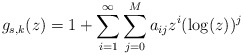
\begin{align*}g_{s,k}(z)=1+\sum_{i=1}^{\infty}\sum_{j=0}^{M}a_{ij} z^i(\log(z))^j\end{align*}